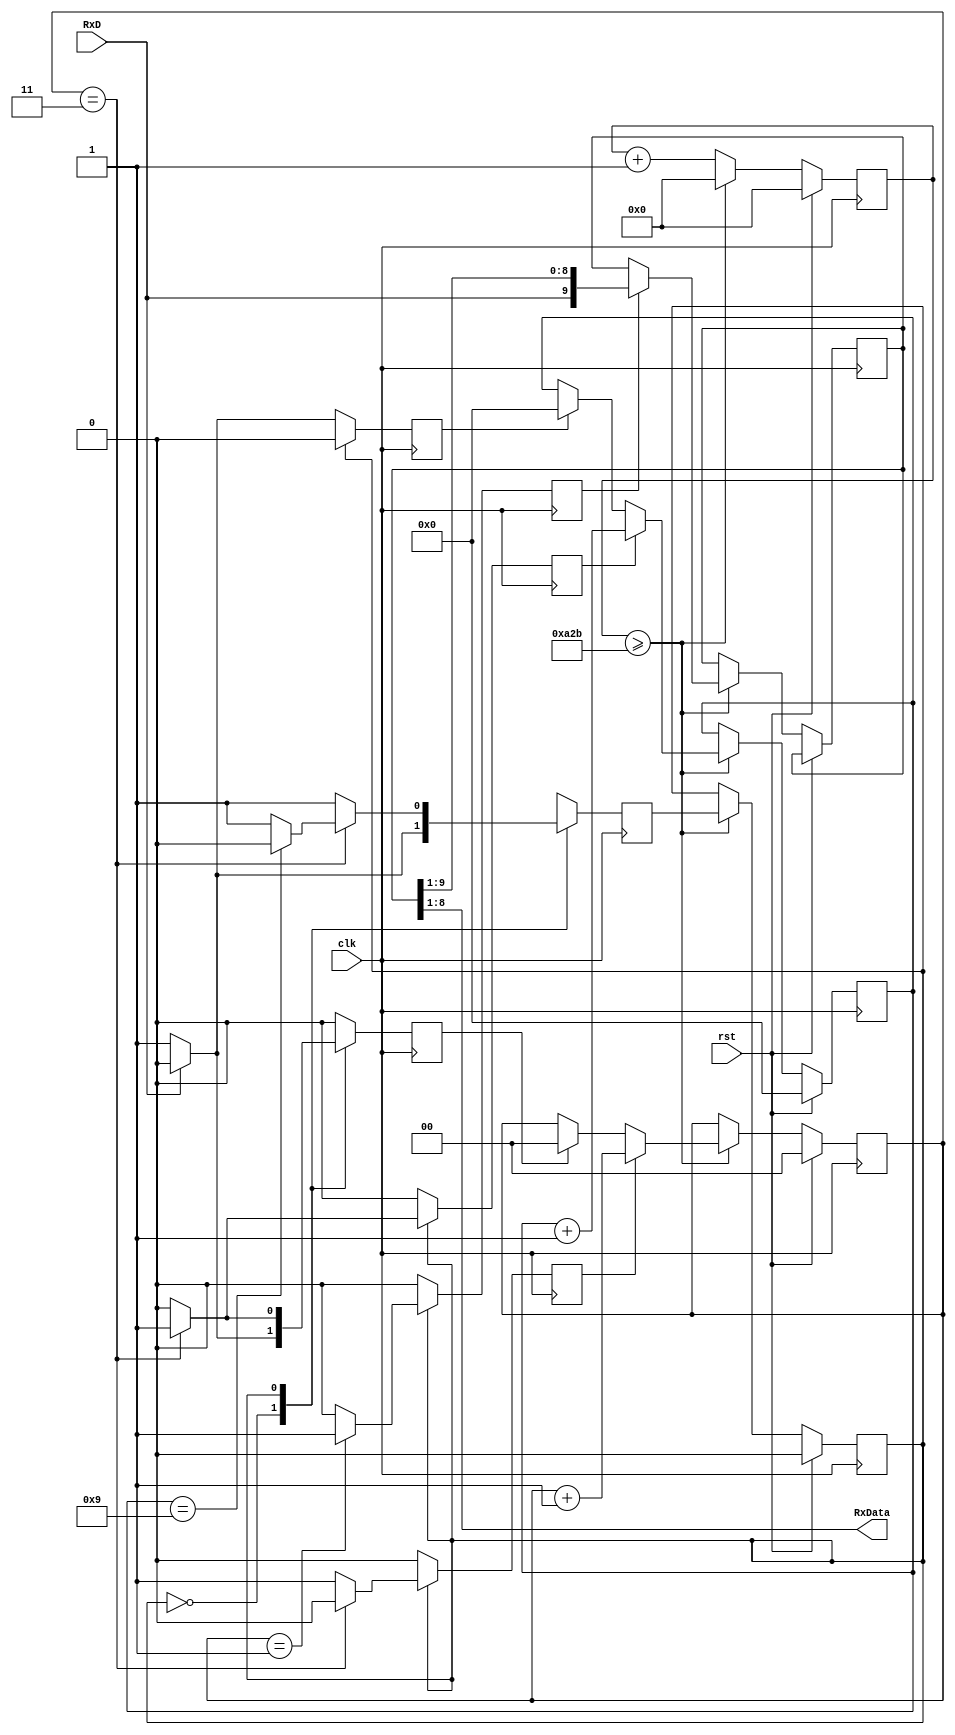
module receiver(
    input clk,
    input rst, 
    input RxD,
    output wire [7:0]RxData
);
    reg shift; 
    reg state, nextstate; 
    reg [3:0] bitcounter; // 4 bits counter to count up to 9 for UART receiving
    reg [1:0] samplecounter; 
    reg [13:0] counter; 
    reg [9:0] rxshiftreg; 
    reg clear_bitcounter,inc_bitcounter,inc_samplecounter,clear_samplecounter; 

    // constants
    parameter clk_freq = 100_000000;  
    parameter baud_rate = 9_600; 
    parameter div_sample = 4; 
    parameter div_counter = clk_freq/(baud_rate*div_sample); 
    parameter mid_sample = (div_sample/2);  
    parameter div_bit = 10; // 1 start, 8 data, 1 stop

    assign RxData = rxshiftreg [8:1]; // assign the RxData from the shiftregister

    //UART receiver logic
    always @ (posedge clk)begin 
        if (rst) begin
            state <=0;
            bitcounter <=0;
            counter <=0;
            samplecounter <=0;
        end else begin
            counter <= counter +1;
            if (counter >= div_counter-1) begin 
                counter <=0;
                state <= nextstate; 
                if (shift) rxshiftreg <= {RxD,rxshiftreg[9:1]}; 
                if (clear_samplecounter) samplecounter <=0; 
                if (inc_samplecounter) samplecounter <= samplecounter +1; 
                if (clear_bitcounter) bitcounter <=0; 
                if (inc_bitcounter) bitcounter <= bitcounter +1; 
            end
        end
    end
    always @ (posedge clk) begin 
        shift <= 0;
        clear_samplecounter <=0;
        inc_samplecounter <=0;
        clear_bitcounter <=0; 
        inc_bitcounter <=0; 
        nextstate <=0;
        case (state)
            0: begin 
                if (RxD) begin
                    nextstate <=0;
                end else begin 
                    nextstate <=1;  
                    clear_bitcounter <=1; 
                    clear_samplecounter <=1; 
                end
            end
            1: begin 
                nextstate <= 1;
                if (samplecounter== mid_sample - 1) shift <= 1; 
                if (samplecounter== div_sample - 1) begin 
                    if (bitcounter == div_bit - 1) nextstate <= 0; 
                    inc_bitcounter <=1;
                    clear_samplecounter <=1;
                end else begin
                    inc_samplecounter <=1; 
                end
            end
            default: nextstate <=0;
        endcase
    end         
endmodule